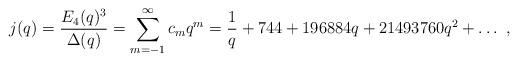
LaTeX: \begin{align*}j(q) = \frac{E_4(q)^3}{\Delta(q)} = \sum\limits_{m=-1}^\infty c_m q^m = \frac{1}{q} + 744 + 196884q + 21493760q^2 + \ldots \ , \end{align*}